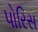
પોરિસ